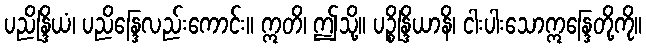
ပညိန္ဒြိယံ၊ ပညိန္ဒြေလည်းကောင်း။ ဣတိ၊ ဤသို့။ ပဉ္စိန္ဒြိယာနိ၊ ငါးပါးသောဣန္ဒြေတို့ကို။